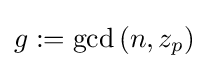
g:=\operatorname {gcd} \left(n,z_{p}\right)